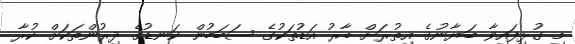
މި ގުޅިފައިވާ ބަޔާނުގެ އިތުރަށް ބާރު އަޑުތަކުގެ ސަބަބުން ކަނޑުގެ ދިރުންތަކަށް ކުރާ